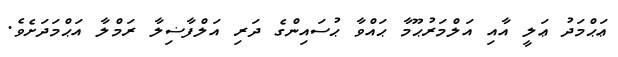
ޢަޙްމަދު ޢަލީ އާއި އަލްމަރުޙޫމާ ޙައްވާ ޙުސައިންގެ ދަރި އަލްފާޟިލާ ރަމްލާ އަޙްމަދަށެވެ.